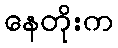
နေတိုးက